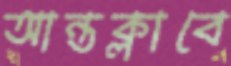
আন্তক্লাবে